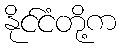
နိုင်ငံတို့က